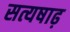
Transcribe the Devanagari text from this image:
सत्यषाढ़